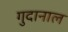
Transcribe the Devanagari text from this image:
गुदानाल